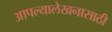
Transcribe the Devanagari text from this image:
आपल्यालेखनासाठी